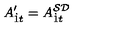
A _ { { \dot { 1 } } t } ^ { \prime } = A _ { { \dot { 1 } } t } ^ { { \cal S D } }